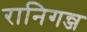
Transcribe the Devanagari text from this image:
रानिगन्ज